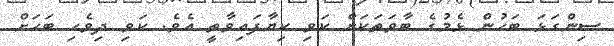
ސިންގަޅަ ބަހުން ޅެމުގެ ބާވަތަކަށް ކަވި ކިޔާފައިވާތީ އެވެ. ކަވި ދިވެހި ބަހަށް